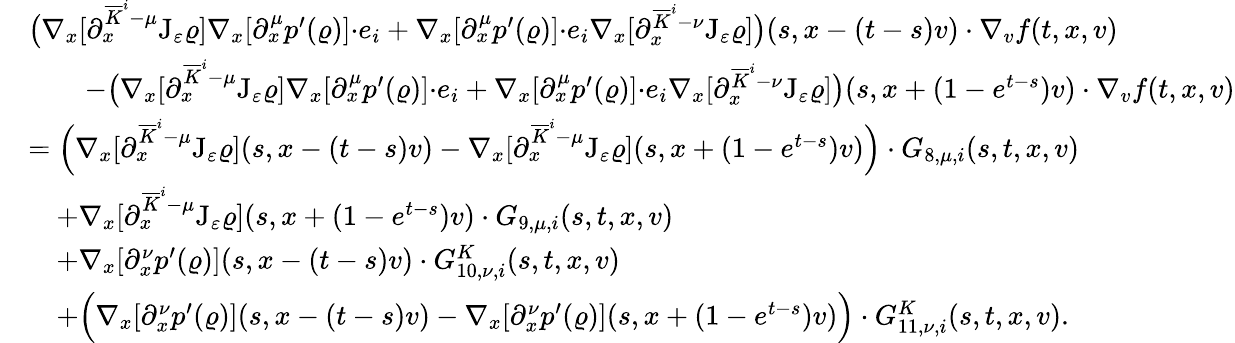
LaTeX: \begin{array}{rl}&{\big(\nabla_{x}[\partial_{x}^{\overline{{K}}^{i}-\mu}\mathrm{J}_{\varepsilon}\varrho]\nabla_{x}[\partial_{x}^{\mu}p^{\prime}(\varrho)]{\cdot}e_{i}+\nabla_{x}[\partial_{x}^{\mu}p^{\prime}(\varrho)]{\cdot}e_{i}\nabla_{x}[\partial_{x}^{\overline{{K}}^{i}-\nu}\mathrm{J}_{\varepsilon}\varrho]\big)(s,x-(t-s)v)\cdot\nabla_{v}f(t,x,v)}\\ &{\qquad-\big(\nabla_{x}[\partial_{x}^{\overline{{K}}^{i}-\mu}\mathrm{J}_{\varepsilon}\varrho]\nabla_{x}[\partial_{x}^{\mu}p^{\prime}(\varrho)]{\cdot}e_{i}+\nabla_{x}[\partial_{x}^{\mu}p^{\prime}(\varrho)]{\cdot}e_{i}\nabla_{x}[\partial_{x}^{\overline{{K}}^{i}-\nu}\mathrm{J}_{\varepsilon}\varrho]\big)(s,x+(1-e^{t-s})v)\cdot\nabla_{v}f(t,x,v)}\\ &{=\Big(\nabla_{x}[\partial_{x}^{\overline{{K}}^{i}-\mu}\mathrm{J}_{\varepsilon}\varrho](s,x-(t-s)v)-\nabla_{x}[\partial_{x}^{\overline{{K}}^{i}-\mu}\mathrm{J}_{\varepsilon}\varrho](s,x+(1-e^{t-s})v)\Big)\cdot G_{8,\mu,i}(s,t,x,v)}\\ &{\quad+\nabla_{x}[\partial_{x}^{\overline{{K}}^{i}-\mu}\mathrm{J}_{\varepsilon}\varrho](s,x+(1-e^{t-s})v)\cdot G_{9,\mu,i}(s,t,x,v)}\\ &{\quad+\nabla_{x}[\partial_{x}^{\nu}p^{\prime}(\varrho)](s,x-(t-s)v)\cdot G_{10,\nu,i}^{K}(s,t,x,v)}\\ &{\quad+\Big(\nabla_{x}[\partial_{x}^{\nu}p^{\prime}(\varrho)](s,x-(t-s)v)-\nabla_{x}[\partial_{x}^{\nu}p^{\prime}(\varrho)](s,x+(1-e^{t-s})v)\Big)\cdot G_{11,\nu,i}^{K}(s,t,x,v).}\end{array}